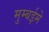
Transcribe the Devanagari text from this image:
मुम्बईमे